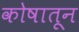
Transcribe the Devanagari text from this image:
कोषातून